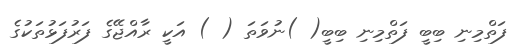
ފަތްމިނި ބިބީ ފަތްމިނި ބިބީ( )ނުވަތަ ( ) އަކީ ރާއްޖޭގެ ފަރުފަޅުތަކުގެ